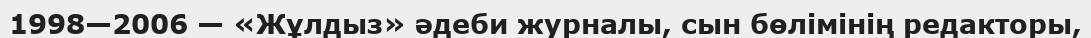
1998—2006 — «Жұлдыз» әдеби журналы, сын бөлімінің редакторы,